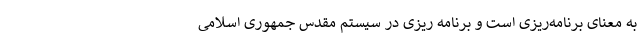
به معنای برنامه‌ریزی است و برنامه ریزی در سیستم مقدس جمهوری اسلامی